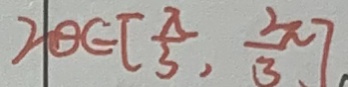
2 0 \in [ \frac { \pi } { 3 } , \frac { 2 } { 3 } \pi ]